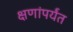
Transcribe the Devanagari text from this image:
क्षणांपर्यंत